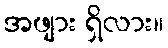
အဖျား ရှိလား။